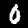
Label: 0